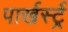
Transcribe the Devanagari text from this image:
पार्खर्स्ट्र